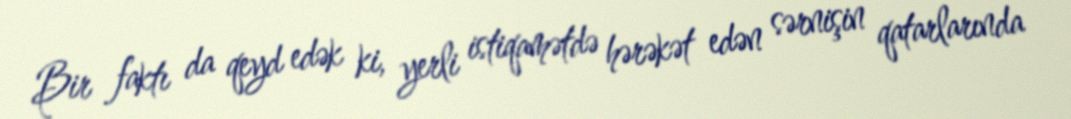
Bir faktı da qeyd edək ki, yerli istiqamətdə hərəkət edən sərnişin qatarlarında